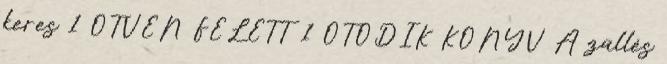
keres 1 ÖTVEN FELETT 1 ÖTÖDIK KÖNYV A züllés